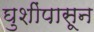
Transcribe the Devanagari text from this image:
घुशींपासून